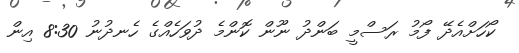
ކޯހަށްއެދޭ ފޯމު ރަސްމީ ބަންދު ނޫން ކޮންމެ ދުވަހެއްގެ ހެނދުނު 8:30 އިން